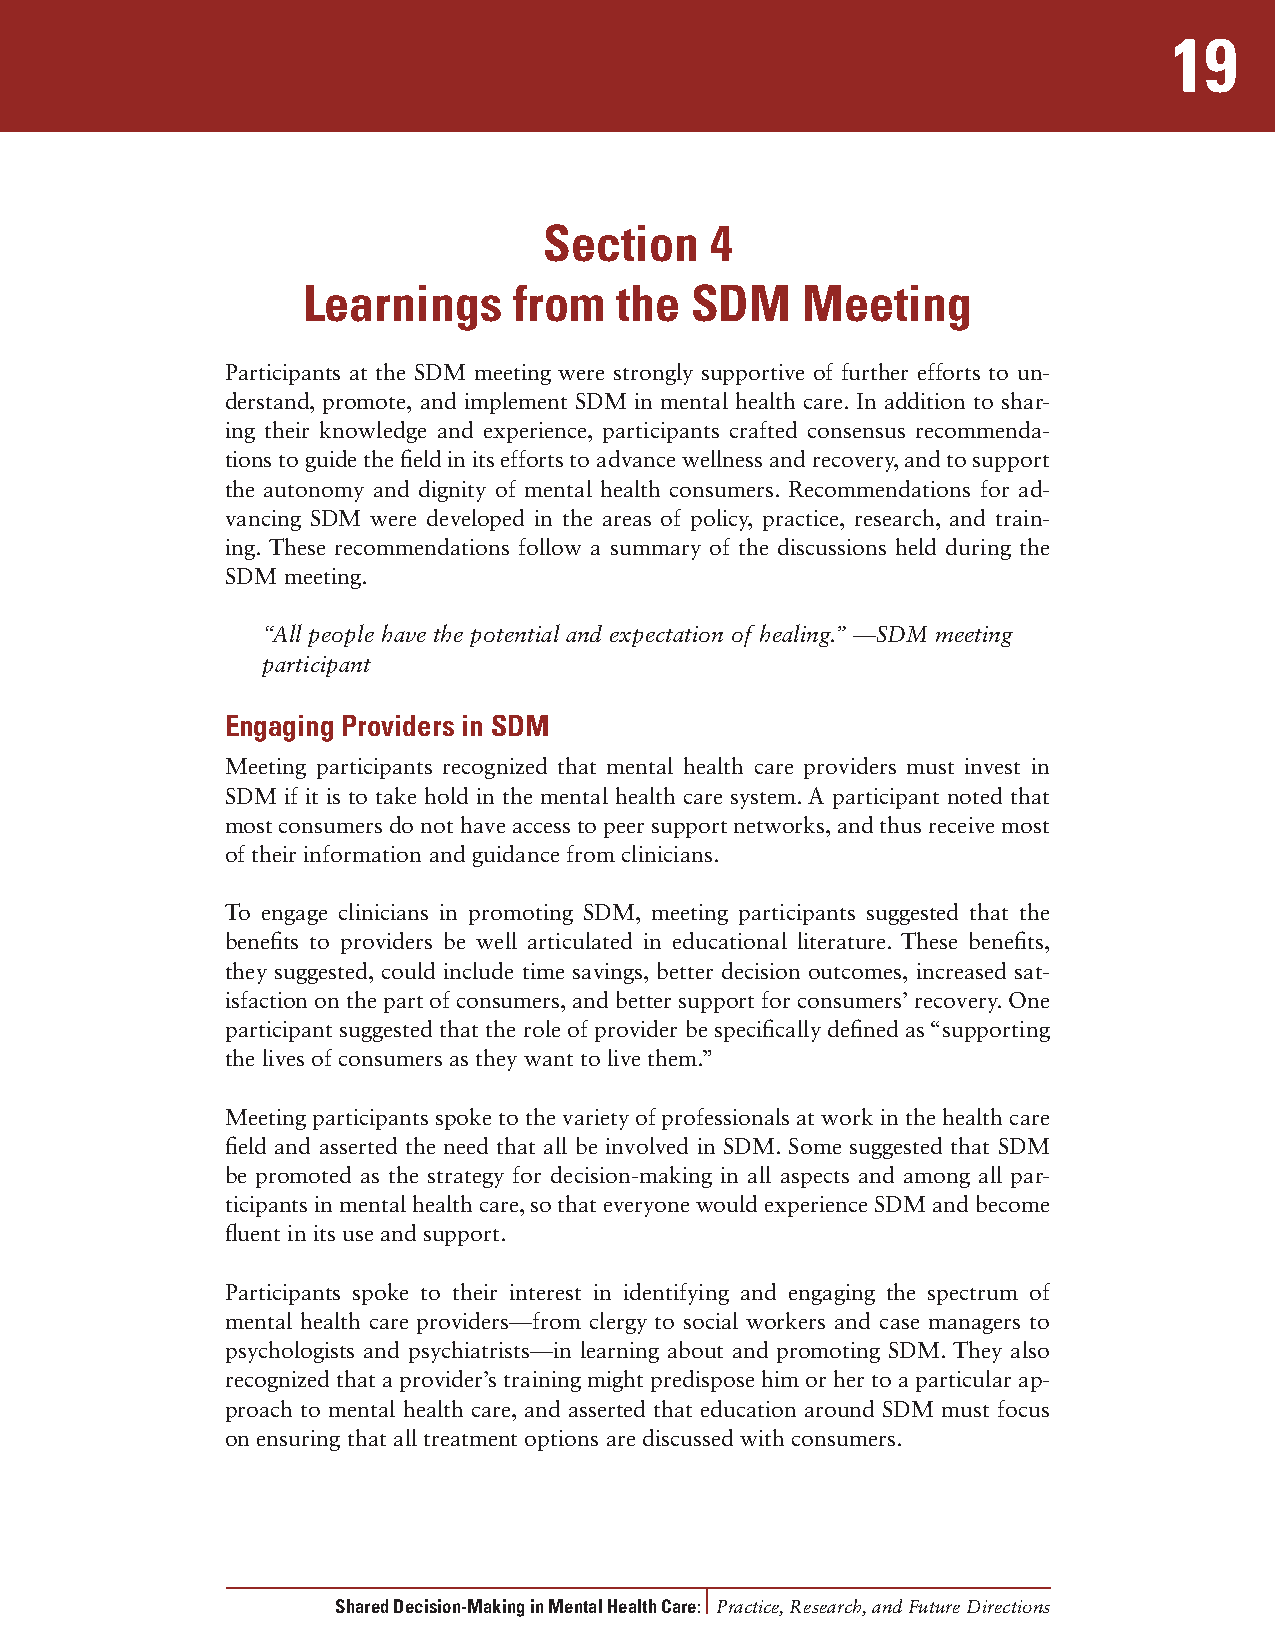
19
 Section    4
 Learnings     from   the  SDM    Meeting
 Participants at the SDM meeting were strongly supportive of further efforts to un-
 derstand, promote, and implement SDM in mental health care. In addition to shar-
 ing their knowledge and experience, participants crafted consensus recommenda-
 tions to guide the field in its efforts to advance wellness and recovery, and to support
 the autonomy and dignity of mental health consumers. Recommendations for ad-
 vancing SDM were developed in the areas of policy, practice, research, and train-
 ing. These recommendations follow a summary of the discussions held during the
 SDM meeting.
 “All people have the potential and expectation of healing.” —SDM meeting
 participant
 Engaging Providers in SDM
 Meeting participants recognized that mental health care providers must invest in
 SDM if it is to take hold in the mental health care system. A participant noted that
 most consumers do not have access to peer support networks, and thus receive most
 of their information and guidance from clinicians.
 To engage clinicians in promoting SDM, meeting participants suggested that the
 benefits to providers be well articulated in educational literature. These benefits,
 they suggested, could include time savings, better decision outcomes, increased sat-
 isfaction on the part of consumers, and better support for consumers’ recovery. One
 participant suggested that the role of provider be specifically defined as “supporting
 the lives of consumers as they want to live them.”
 Meeting participants spoke to the variety of professionals at work in the health care
 field and asserted the need that all be involved in SDM. Some suggested that SDM
 be promoted as the strategy for decision-making in all aspects and among all par-
 ticipants in mental health care, so that everyone would experience SDM and become
 fluent in its use and support.
 Participants spoke to their interest in identifying and engaging the spectrum of
 mental health care providers—from clergy to social workers and case managers to
 psychologists and psychiatrists—in learning about and promoting SDM. They also
 recognized that a provider’s training might predispose him or her to a particular ap-
 proach to mental health care, and asserted that education around SDM must focus
 on ensuring that all treatment options are discussed with consumers.
 Shared Decision-Making in Mental Health Care: Practice, Research, and Future Directions